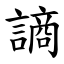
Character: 謪